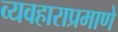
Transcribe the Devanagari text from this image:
व्यवहाराप्रमाणे